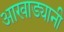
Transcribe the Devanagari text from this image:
आखाड्यानी